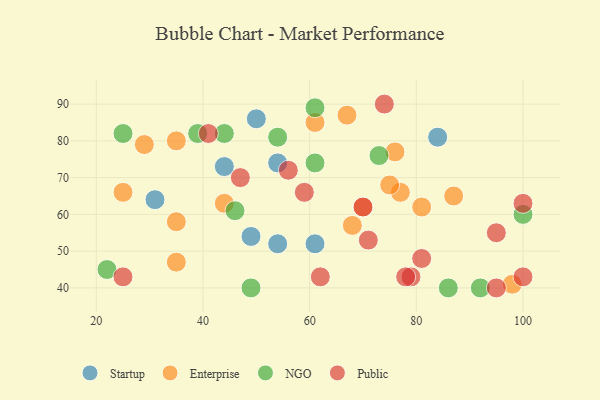
{"axis": {"x": "GDP", "y": "Life Expectancy"}, "legend": ["Enterprise", "NGO", "Public", "Startup"], "data": [{"x": "31", "y": 64, "type": "Startup"}, {"x": "61", "y": 52, "type": "Startup"}, {"x": "44", "y": 73, "type": "Startup"}, {"x": "84", "y": 81, "type": "Startup"}, {"x": "49", "y": 54, "type": "Startup"}, {"x": "50", "y": 86, "type": "Startup"}, {"x": "54", "y": 74, "type": "Startup"}, {"x": "54", "y": 52, "type": "Startup"}, {"x": "35", "y": 58, "type": "Enterprise"}, {"x": "77", "y": 66, "type": "Enterprise"}, {"x": "98", "y": 41, "type": "Enterprise"}, {"x": "44", "y": 63, "type": "Enterprise"}, {"x": "61", "y": 85, "type": "Enterprise"}, {"x": "81", "y": 62, "type": "Enterprise"}, {"x": "76", "y": 77, "type": "Enterprise"}, {"x": "75", "y": 68, "type": "Enterprise"}, {"x": "35", "y": 80, "type": "Enterprise"}, {"x": "87", "y": 65, "type": "Enterprise"}, {"x": "70", "y": 62, "type": "Enterprise"}, {"x": "67", "y": 87, "type": "Enterprise"}, {"x": "68", "y": 57, "type": "Enterprise"}, {"x": "35", "y": 47, "type": "Enterprise"}, {"x": "25", "y": 66, "type": "Enterprise"}, {"x": "29", "y": 79, "type": "Enterprise"}, {"x": "46", "y": 61, "type": "NGO"}, {"x": "39", "y": 82, "type": "NGO"}, {"x": "86", "y": 40, "type": "NGO"}, {"x": "54", "y": 81, "type": "NGO"}, {"x": "25", "y": 82, "type": "NGO"}, {"x": "92", "y": 40, "type": "NGO"}, {"x": "44", "y": 82, "type": "NGO"}, {"x": "22", "y": 45, "type": "NGO"}, {"x": "49", "y": 40, "type": "NGO"}, {"x": "73", "y": 76, "type": "NGO"}, {"x": "61", "y": 74, "type": "NGO"}, {"x": "61", "y": 89, "type": "NGO"}, {"x": "100", "y": 60, "type": "NGO"}, {"x": "25", "y": 43, "type": "Public"}, {"x": "74", "y": 90, "type": "Public"}, {"x": "79", "y": 43, "type": "Public"}, {"x": "81", "y": 48, "type": "Public"}, {"x": "95", "y": 55, "type": "Public"}, {"x": "62", "y": 43, "type": "Public"}, {"x": "41", "y": 82, "type": "Public"}, {"x": "78", "y": 43, "type": "Public"}, {"x": "56", "y": 72, "type": "Public"}, {"x": "100", "y": 43, "type": "Public"}, {"x": "70", "y": 62, "type": "Public"}, {"x": "59", "y": 66, "type": "Public"}, {"x": "71", "y": 53, "type": "Public"}, {"x": "95", "y": 40, "type": "Public"}, {"x": "47", "y": 70, "type": "Public"}, {"x": "100", "y": 63, "type": "Public"}]}